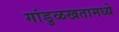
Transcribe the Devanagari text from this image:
गांडुळखतामध्ये